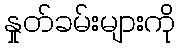
နှုတ်ခမ်းများကို